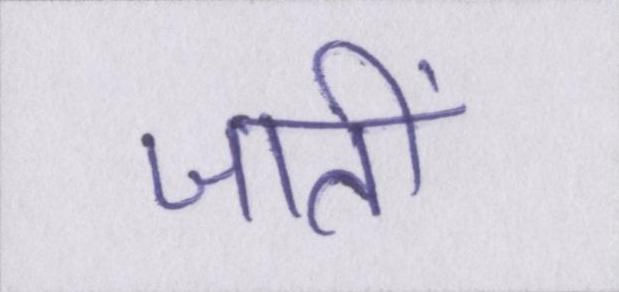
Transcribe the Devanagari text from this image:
जातीं